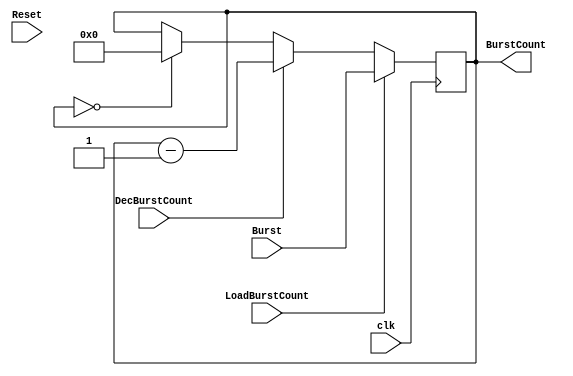
module TxBurstCounter(LoadBurstCount,DecBurstCount,BurstCount,Burst,Reset,clk);
  input LoadBurstCount;
  input DecBurstCount;
  input [31:0]Burst;
  input clk;
  input Reset;
  output reg [31:0]BurstCount;
  //reg [31:0]Count;
  
  reg [1:0]state;
  
  localparam s1=2'b00, s2=2'b01, s3=2'b10, s4=2'b11;
  
  always@(posedge clk)
  begin
               
                  if(LoadBurstCount==1'b1)
                    begin
                    BurstCount <= Burst;  
                    end
                    
                  else if(DecBurstCount==1'b1)
                    begin
                    BurstCount <= BurstCount-32'b1;  
                    end
                              
                    else if(BurstCount==32'b0)
                    begin  
                    if(LoadBurstCount==1'b1)  
                    begin
                    BurstCount <= Burst; 
                    end 
                     
                    else
                    BurstCount = 32'b0;
                    
                    end
                  end
   
  endmodule